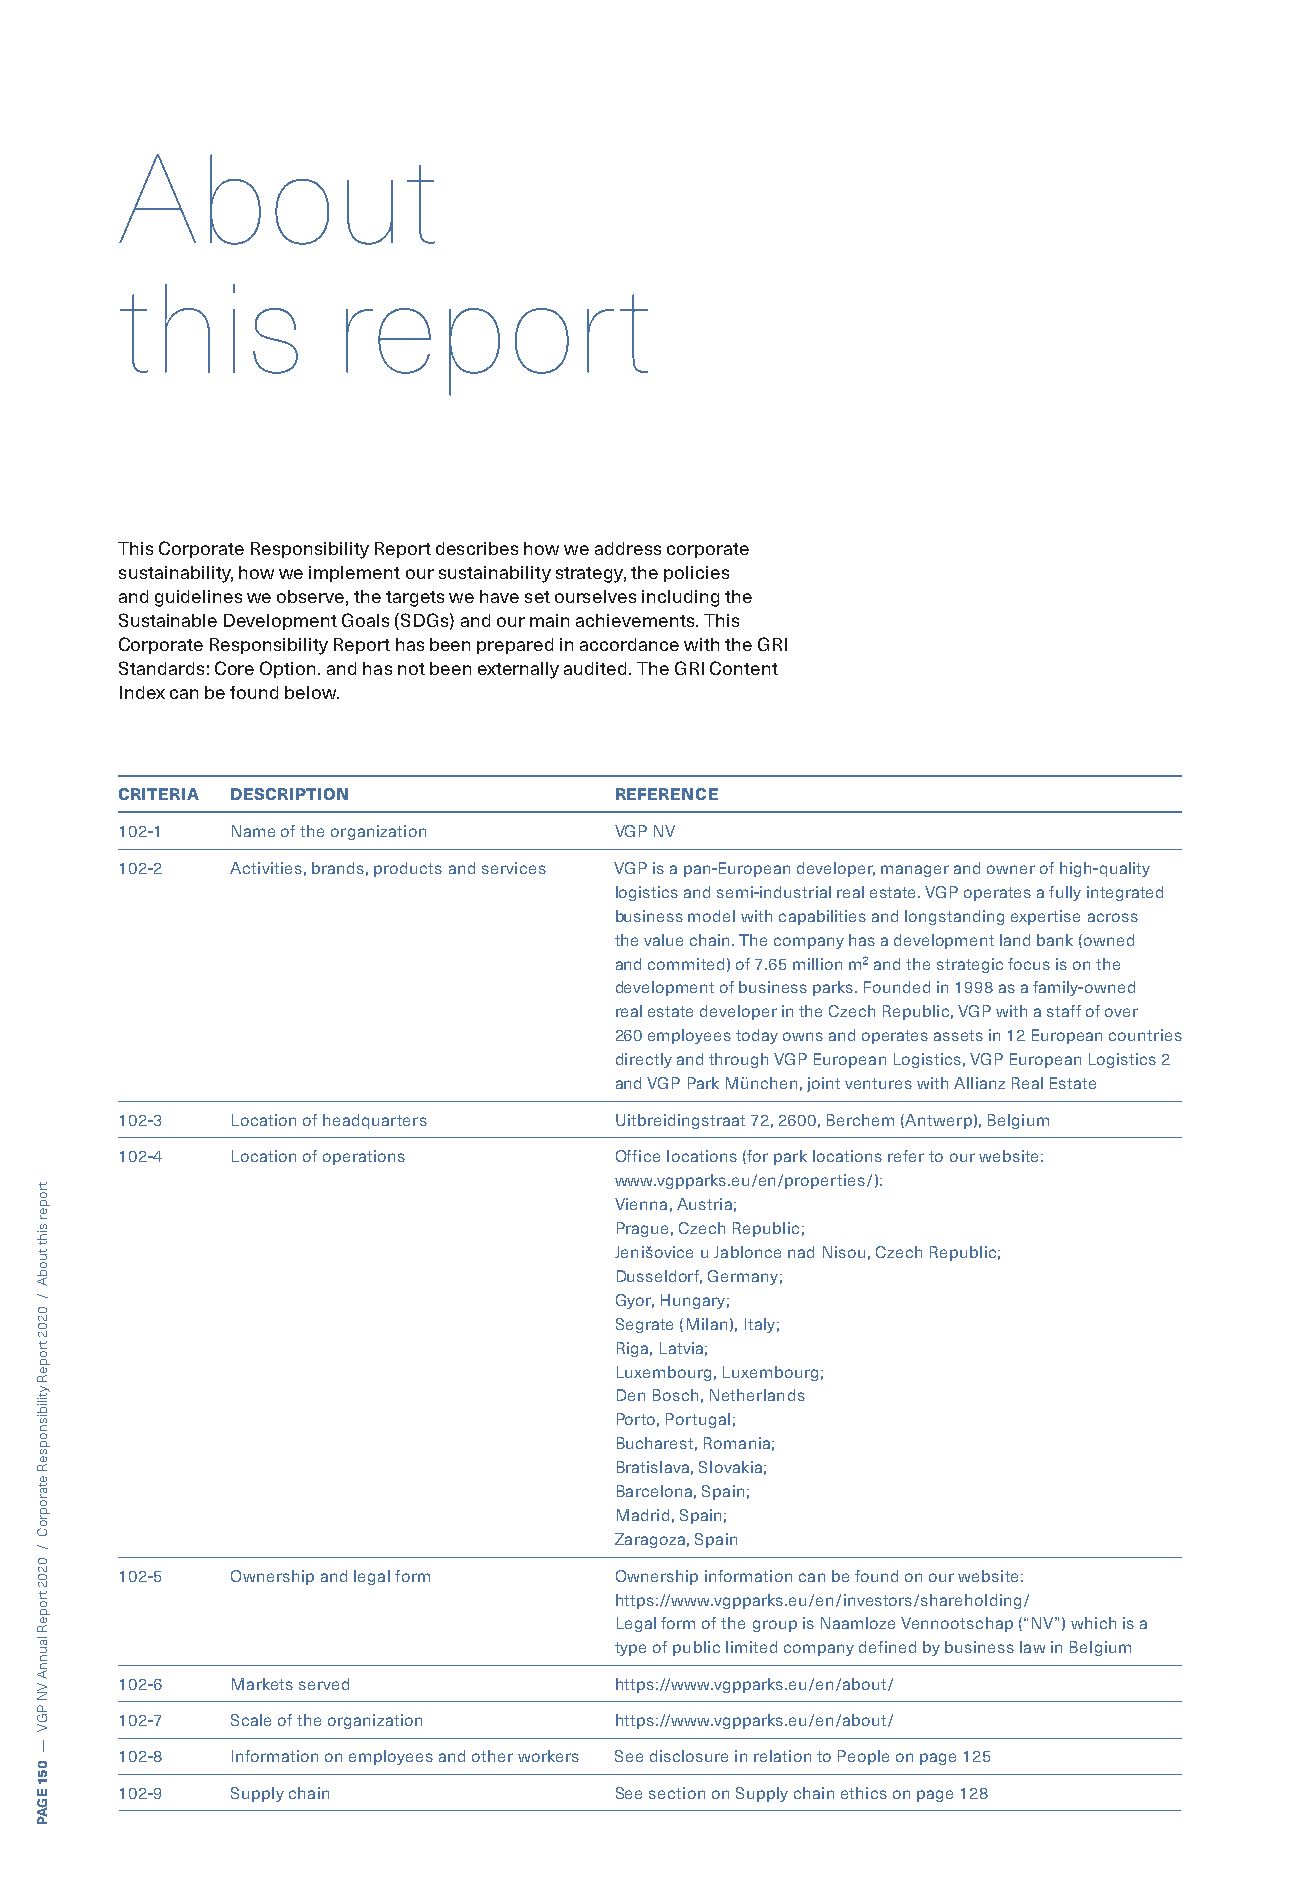
About
 this          report
 This Corporate Responsibility Report describes how we address corporate
 sustainability, how we implement our sustainability strategy, the policies
 and guidelines we observe, the targets we have set ourselves including the
 Sustainable Development Goals (SDGs) and our main achievements. This
 Corporate Responsibility Report has been prepared in accordance with the GRI
 Standards: Core Option. and has not been externally audited. The GRI Content
 Index can be found below.
 CRITERIA DESCRIPTION             REFERENCE
 102-1  Name of the organization  VGP NV
 102-2  Activities, brands, products and services VGP is a pan-European developer, manager and owner of high-quality
 logistics and semi-industrial real estate. VGP operates a fully integrated
 business model with capabilities and longstanding expertise across
 the value chain. The company has a development land bank (owned
 and commited) of 7.65 million m² and the strategic focus is on the
 development of business parks. Founded in 1998 as a family-owned
 real estate developer in the Czech Republic, VGP with a staff of over
 260 employees today owns and operates assets in 12 European countries
 directly and through VGP European Logistics, VGP European Logistics 2
 and VGP Park München, joint ventures with Allianz Real Estate
 102-3  Location of headquarters  Uitbreidingstraat 72, 2600, Berchem (Antwerp), Belgium
 102-4  Location of operations    Office locations (for park locations refer to our website:
 www.vgpparks.eu/en/properties/):
 Vienna, Austria;
 Prague, Czech Republic;
 Jenišovice u Jablonce nad Nisou, Czech Republic;
 Dusseldorf, Germany;
 Gyor, Hungary;
 Segrate (Milan), Italy;
 Riga, Latvia;
 Luxembourg, Luxembourg;
 Den Bosch, Netherlands
 Porto, Portugal;
 Bucharest, Romania;
 Bratislava, Slovakia;
 Barcelona, Spain;
 Madrid, Spain;
 Zaragoza, Spain
 102-5  Ownership and legal form  Ownership information can be found on our website:
 https://www.vgpparks.eu/en/investors/shareholding/
 Legal form of the group is Naamloze Vennootschap (“NV”) which is a
 type of public limited company defined by business law in Belgium
 102-6  Markets served            https://www.vgpparks.eu/en/about/
 102-7  Scale of the organization https://www.vgpparks.eu/en/about/
 102-8  Information on employees and other workers See disclosure in relation to People on page 125
 102-9  Supply chain              See section on Supply chain ethics on page 128
 troper
 siht
 tuobA
 /
 0202
 tropeR
 ytilibisnopseR
 etaroproC
 /
 0202
 tropeR
 launnA
 VN
 PGV
 —
 051
 EGAP